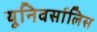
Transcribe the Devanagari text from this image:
यूनिवर्सालिस